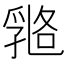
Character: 𠄇